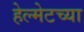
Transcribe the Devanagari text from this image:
हेल्मेटच्या